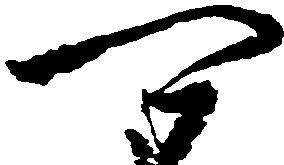
可